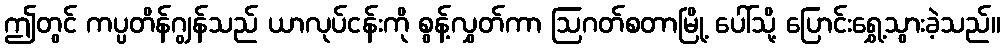
ဤတွင် ကပ္ပတိန်ဂျွန်သည် ယာလုပ်ငန်းကို စွန့်လွှတ်ကာ ဩဂတ်စတာမြို့ ပေါ်သို့ ပြောင်းရွှေ့သွားခဲ့သည်။